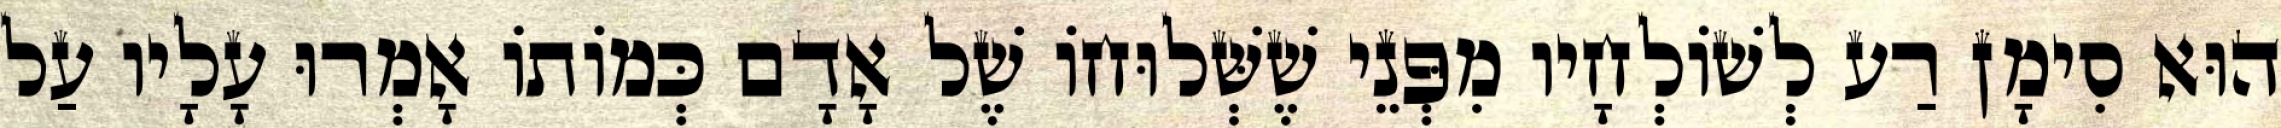
הוּא סִימָן רַע לְשׁוֹלְחָיו מִפְּנֵי שֶׁשְּׁלוּחוֹ שֶׁל אָדָם כְּמוֹתוֹ אָמְרוּ עָלָיו עַל